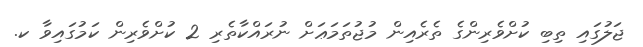
ޖަލުގައި ތިބި ކުށްވެރިންގެ ތެރެއިން މުޖުތަމަޢަށް ނުރައްކާތެރި 2 ކުށްވެރިން ކަމުގައިވާ ކ.